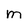
Character: m